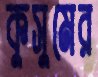
কুসুমের